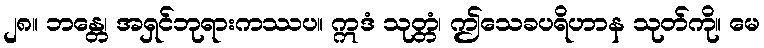
၂၈။ ဘန္တေ၊ အရှင်ဘုရားကဿပ။ ဣဒံ သုတ္တံ၊ ဤသေခပရိဟာန သုတ်ကို။ မေ